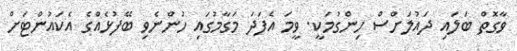
ވާގޮތް ބަލައި ދައުލަށްސް ހިންގުމަކީ. ވީމަ އެފަދަ މަގާމުގައި ހުންނެވި ބޭފުޅެއްގެ އެކައުންޓަށް